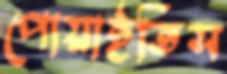
পোয়াইতিস